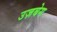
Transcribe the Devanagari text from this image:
उज़बेग